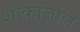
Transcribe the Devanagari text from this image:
शोकांजलि